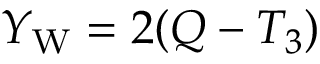
\qquad Y _ { \mathrm { { W } } } = 2 ( Q - T _ { 3 } )